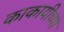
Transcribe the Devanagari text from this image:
काकायीच्या